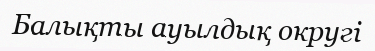
Балықты ауылдық округі